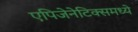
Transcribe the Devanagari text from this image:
एपिजेनेटिक्समध्ये